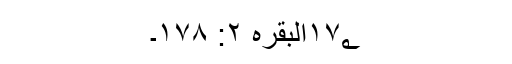
۱۷؂البقرہ ۲: ۱۷۸۔